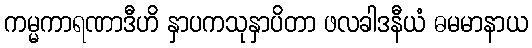
ကမ္မကာရဏာဒီဟိ နှာပကသုနှာပိတာ ဖလခါဒနီယံ ဓမမာနာယ